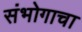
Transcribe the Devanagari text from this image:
संभोगाचा